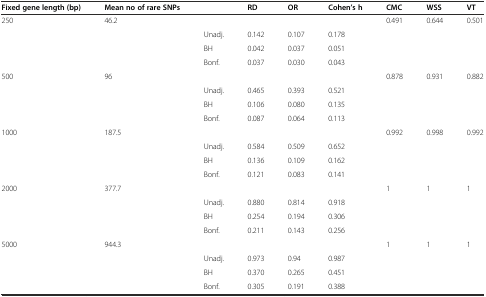
<table><thead><tr><td><b>Fixed gene length (bp)</b></td><td><b>Mean no of rare SNPs</b></td><td></td><td><b>RD</b></td><td><b>OR</b></td><td><b>Cohen’s h</b></td><td><b>CMC</b></td><td><b>WSS</b></td><td><b>VT</b></td></tr></thead><tbody><tr><td>250</td><td>46.2</td><td></td><td></td><td></td><td></td><td>0.491</td><td>0.644</td><td>0.501</td></tr><tr><td></td><td></td><td>Unadj.</td><td>0.142</td><td>0.107</td><td>0.178</td><td></td><td></td><td></td></tr><tr><td></td><td></td><td>BH</td><td>0.042</td><td>0.037</td><td>0.051</td><td></td><td></td><td></td></tr><tr><td></td><td></td><td>Bonf.</td><td>0.037</td><td>0.030</td><td>0.043</td><td></td><td></td><td></td></tr><tr><td>500</td><td>96</td><td></td><td></td><td></td><td></td><td>0.878</td><td>0.931</td><td>0.882</td></tr><tr><td></td><td></td><td>Unadj.</td><td>0.465</td><td>0.393</td><td>0.521</td><td></td><td></td><td></td></tr><tr><td></td><td></td><td>BH</td><td>0.106</td><td>0.080</td><td>0.135</td><td></td><td></td><td></td></tr><tr><td></td><td></td><td>Bonf.</td><td>0.087</td><td>0.064</td><td>0.113</td><td></td><td></td><td></td></tr><tr><td>1000</td><td>187.5</td><td></td><td></td><td></td><td></td><td>0.992</td><td>0.998</td><td>0.992</td></tr><tr><td></td><td></td><td>Unadj.</td><td>0.584</td><td>0.509</td><td>0.652</td><td></td><td></td><td></td></tr><tr><td></td><td></td><td>BH</td><td>0.136</td><td>0.109</td><td>0.162</td><td></td><td></td><td></td></tr><tr><td></td><td></td><td>Bonf.</td><td>0.121</td><td>0.083</td><td>0.141</td><td></td><td></td><td></td></tr><tr><td>2000</td><td>377.7</td><td></td><td></td><td></td><td></td><td>1</td><td>1</td><td>1</td></tr><tr><td></td><td></td><td>Unadj.</td><td>0.880</td><td>0.814</td><td>0.918</td><td></td><td></td><td></td></tr><tr><td></td><td></td><td>BH</td><td>0.254</td><td>0.194</td><td>0.306</td><td></td><td></td><td></td></tr><tr><td></td><td></td><td>Bonf.</td><td>0.211</td><td>0.143</td><td>0.256</td><td></td><td></td><td></td></tr><tr><td>5000</td><td>944.3</td><td></td><td></td><td></td><td></td><td>1</td><td>1</td><td>1</td></tr><tr><td></td><td></td><td>Unadj.</td><td>0.973</td><td>0.94</td><td>0.987</td><td></td><td></td><td></td></tr><tr><td></td><td></td><td>BH</td><td>0.370</td><td>0.265</td><td>0.451</td><td></td><td></td><td></td></tr><tr><td></td><td></td><td>Bonf.</td><td>0.305</td><td>0.191</td><td>0.388</td><td></td><td></td><td></td></tr></tbody></table>